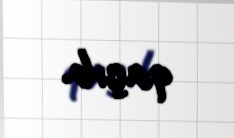
qaçıb.